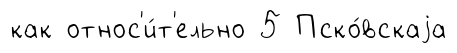
как относ'и́т'ельно 5 Пско́вскаjа